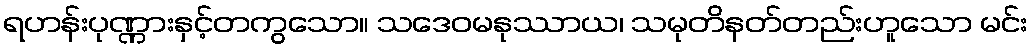
ရဟန်းပုဏ္ဏားနှင့်တကွသော။ သဒေဝမနုဿာယ၊ သမုတိနတ်တည်းဟူသော မင်း